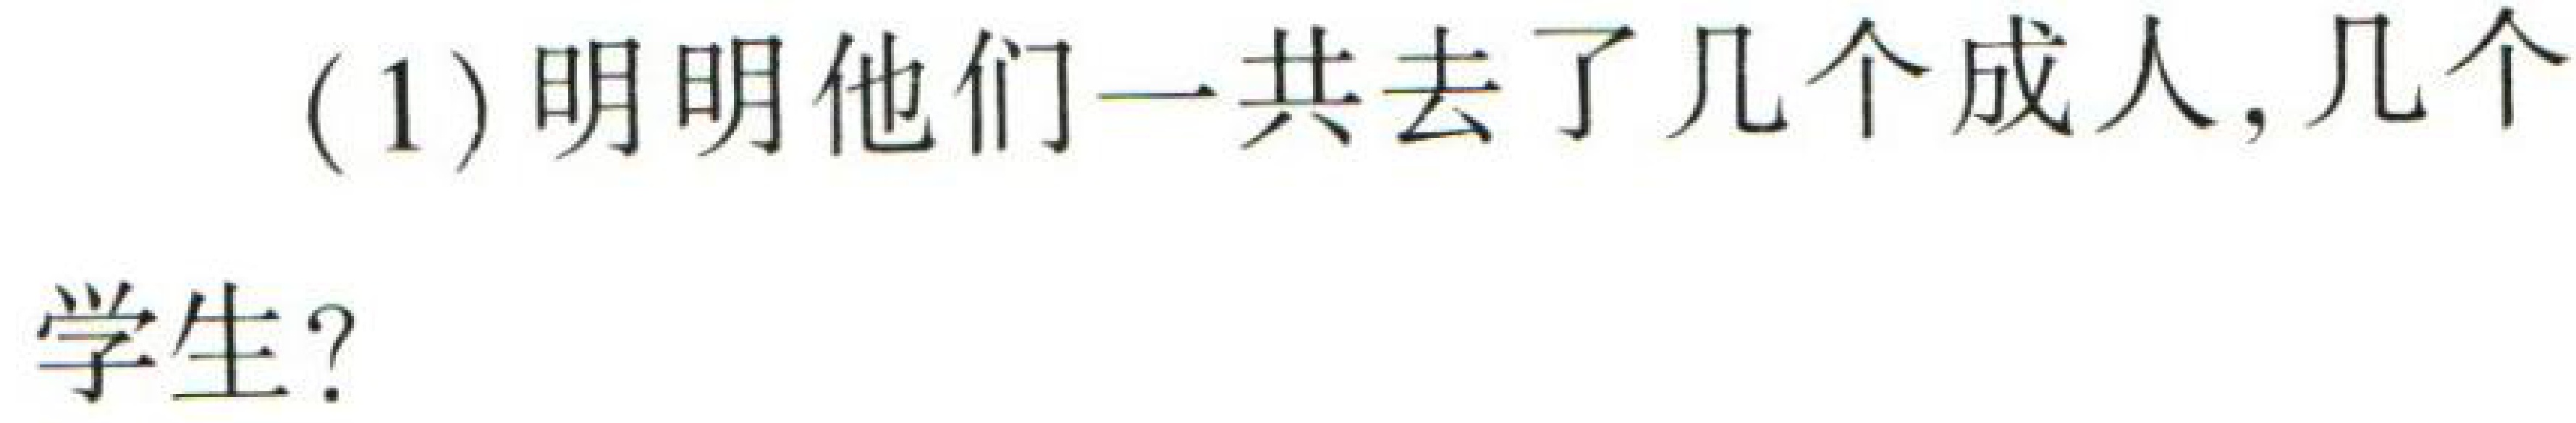
(1) 明明他们一共去了几个成人，几个学生？